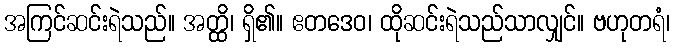
အကြင်ဆင်းရဲသည်။ အတ္ထိ၊ ရှိ၏။ ဧတဒေဝ၊ ထိုဆင်းရဲသည်သာလျှင်။ ဗဟုတရံ၊